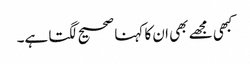
کبھی مجھے بھی ان کا کہنا صحیح لگتا ہے۔